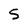
Character: S